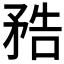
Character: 𥍱